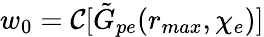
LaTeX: w_{0}=\mathcal{C}[\tilde{G}_{pe}(r_{max},\chi_{e})]